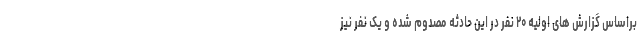
براساس گزارش های اولیه ۲۰ نفر در این حادثه مصدوم شده و یک نفر نیز